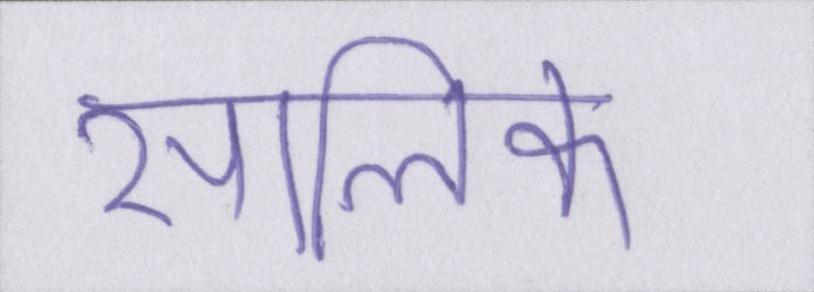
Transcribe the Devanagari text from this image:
सालिक